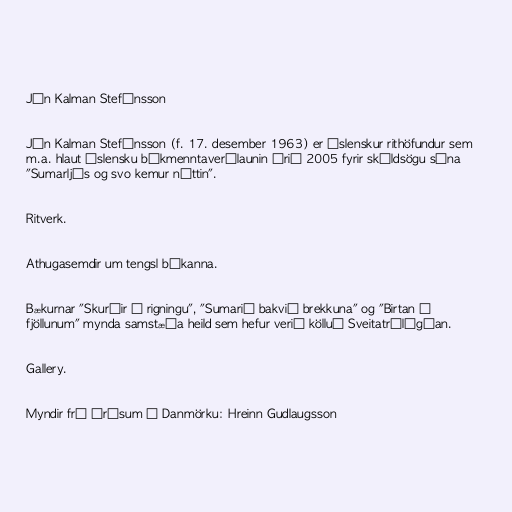
Jón Kalman Stefánsson

Jón Kalman Stefánsson (f. 17. desember 1963) er íslenskur rithöfundur sem
m.a. hlaut Íslensku bókmenntaverðlaunin árið 2005 fyrir skáldsögu sína
"Sumarljós og svo kemur nóttin".

Ritverk.

Athugasemdir um tengsl bókanna.

Bækurnar "Skurðir í rigningu", "Sumarið bakvið brekkuna" og "Birtan á
fjöllunum" mynda samstæða heild sem hefur verið kölluð Sveitatrílógían.

Gallery.

Myndir frá Árósum í Danmörku: Hreinn Gudlaugsson